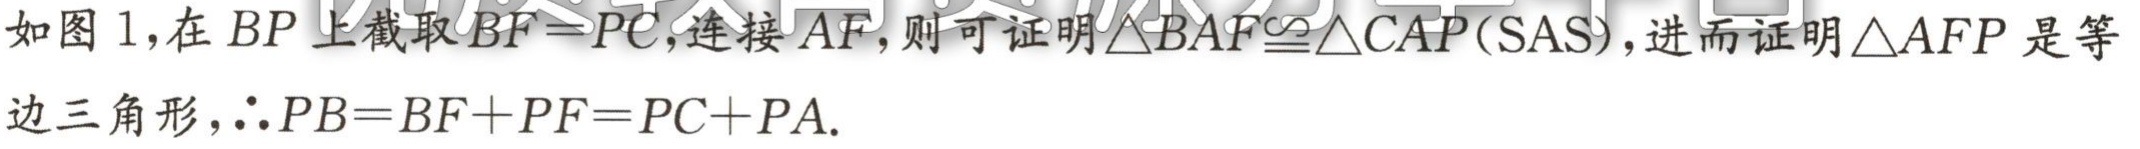
如图 1,在 \(BP\) 上截取 \(BF = PC\),连接 \(AF\),则可证明\(\triangle BAF\cong\triangle CAP(\text{SAS})\),进而证明\(\triangle AFP\) 是等边三角形,\(\therefore PB=BF + PF=PC + PA\).